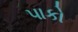
પાકો